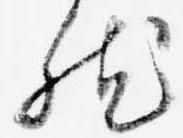
然